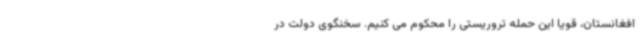
افغانستان، قویاً این حمله تروریستی را محکوم می کنیم. سخنگوی دولت در